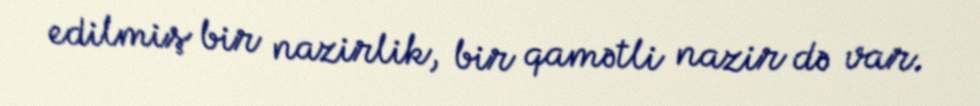
edilmiş bir nazirlik, bir qamətli nazir də var.